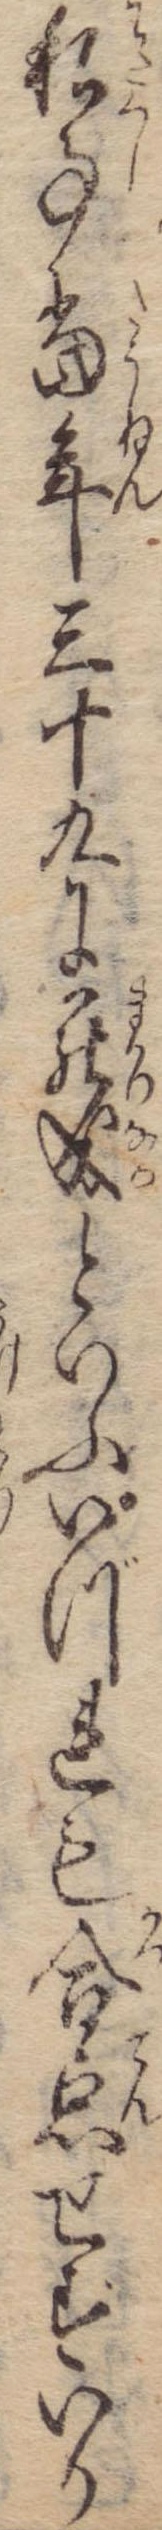
私事当年三十九に罷成といふいづれも合点せずいか